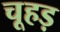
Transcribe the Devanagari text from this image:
चूहड़